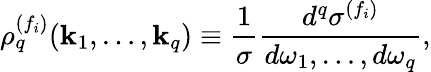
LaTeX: \rho_{q}^{(f_{i})}({\mathbf k}_{1},\ldots,{\mathbf k}_{q})\equiv\frac{1}{\sigma}\frac{d^{q}\sigma^{(f_{i})}}{d\omega_{1},\ldots,d\omega_{q}},